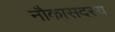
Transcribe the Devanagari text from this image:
नौकासदस्य